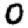
Digit: 0